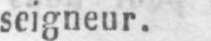
seigneur.